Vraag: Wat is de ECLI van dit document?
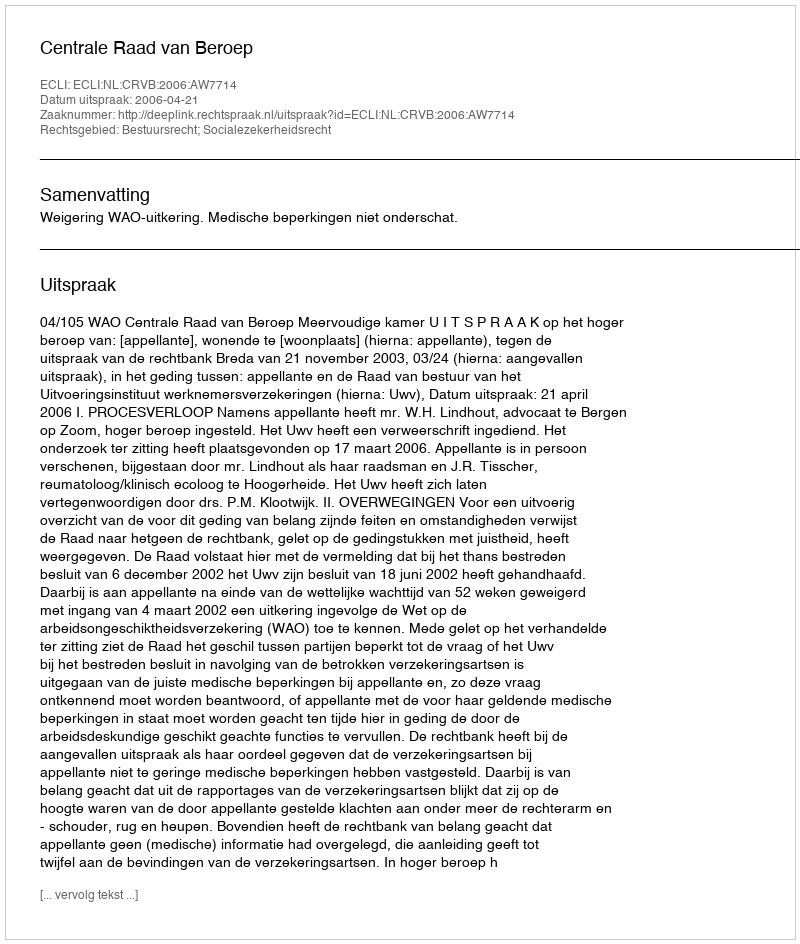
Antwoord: ECLI:NL:CRVB:2006:AW7714